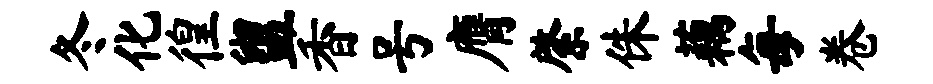
冬化徨盥香号膺綮侏藕每卷